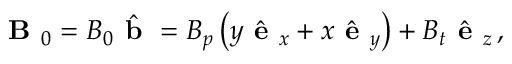
\textbf { B } _ { 0 } = B _ { 0 } \hat { \textbf { b } } = B _ { p } \left( y \hat { \textbf { e } } _ { x } + x \hat { \textbf { e } } _ { y } \right) + B _ { t } \hat { \textbf { e } } _ { z } \, ,